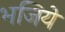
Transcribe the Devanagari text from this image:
भजिये